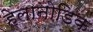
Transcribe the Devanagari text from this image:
हेलानोडिक